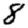
Digit: 8